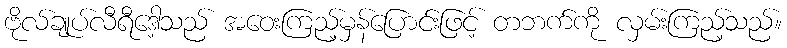
ဗိုလ်ချုပ်လီရီဒေါ့သည် အဝေးကြည့်မှန်ပြောင်းဖြင့် တဘက်ကို လှမ်းကြည့်သည်။